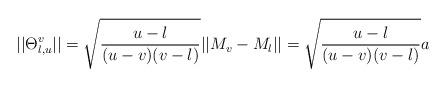
LaTeX: \begin{align*} ||\Theta_{l, u}^{v}|| = \sqrt{\frac{u-l}{(u-v)(v-l)}}||M_v - M_l|| = \sqrt{\frac{u-l}{(u-v)(v-l)}} a\end{align*}